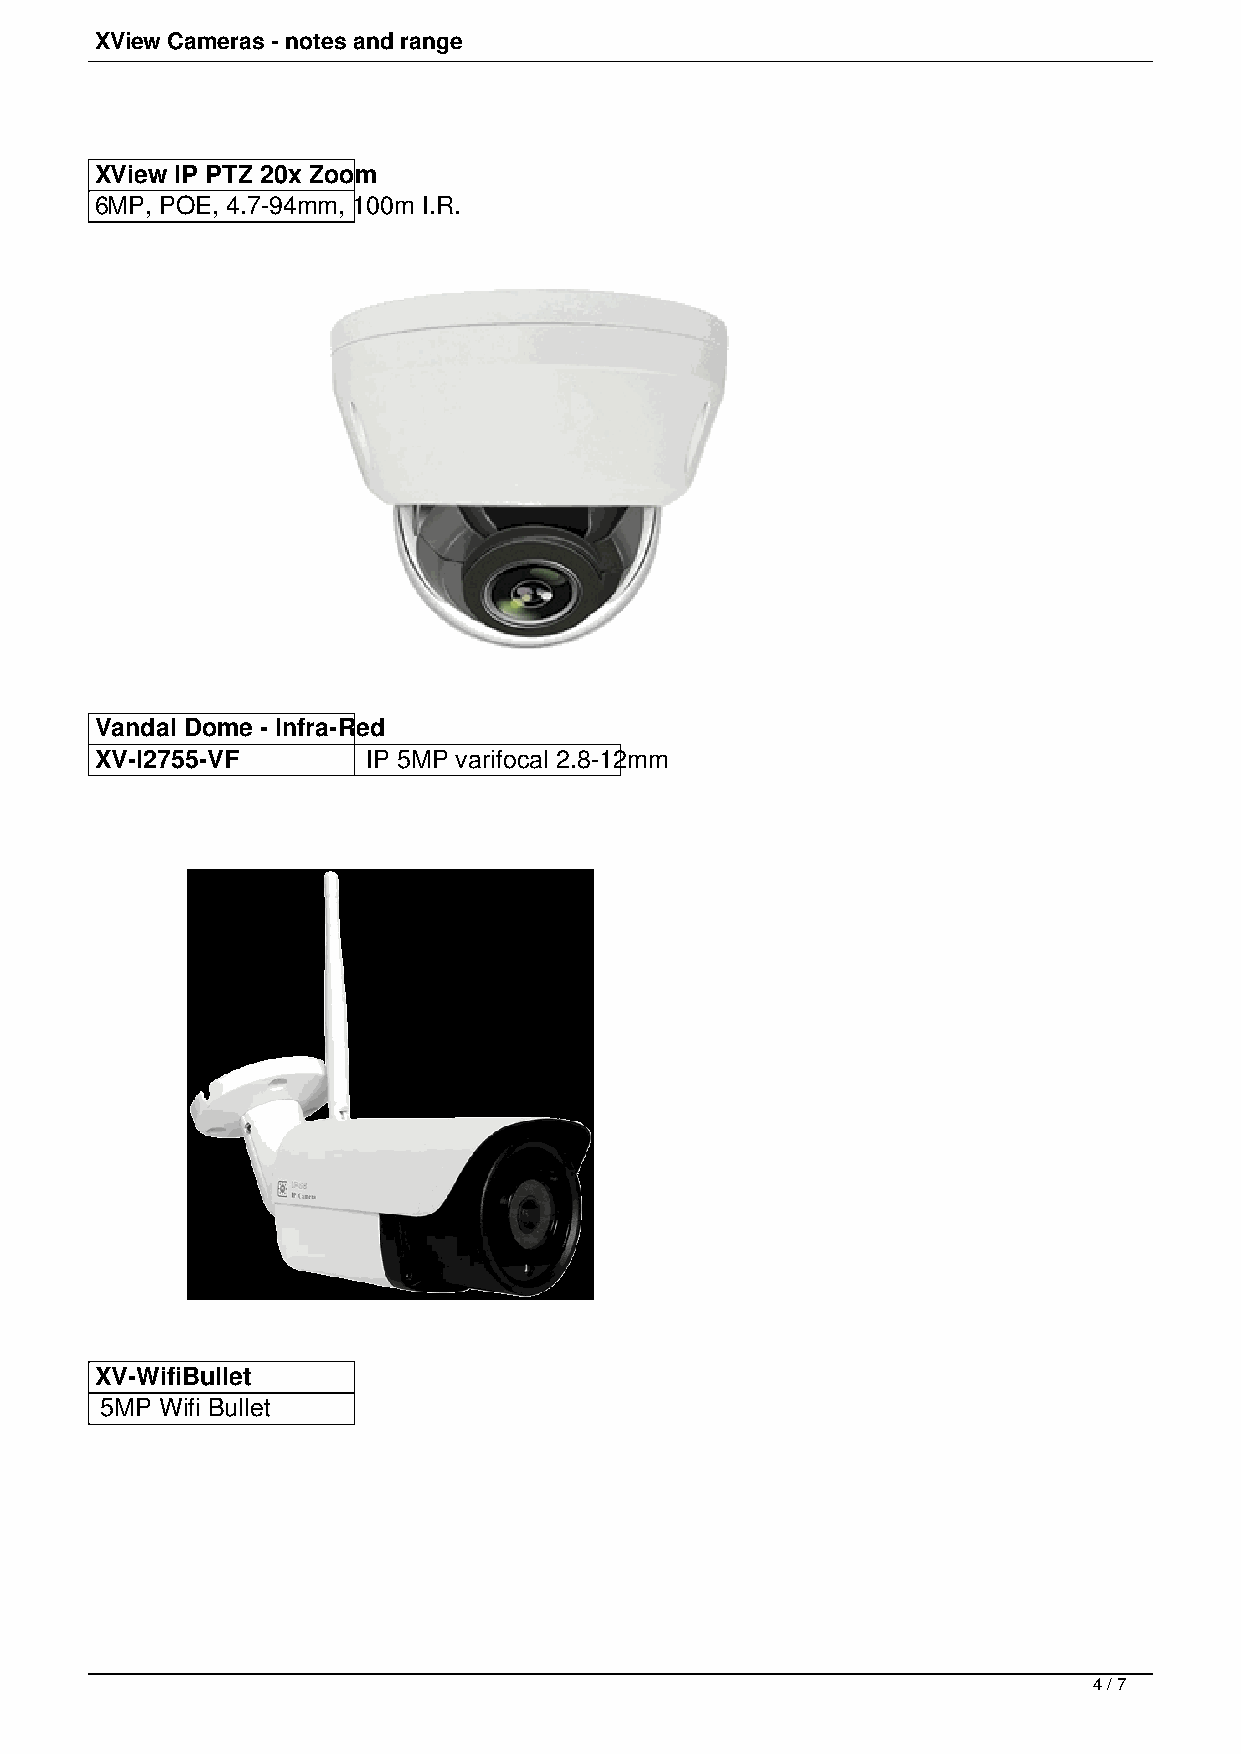
XView Cameras - notes and range
 XView IP PTZ 20x Zoom
 6MP, POE, 4.7-94mm, 100m I.R.
 Vandal Dome - Infra-Red
 XV-I2755-VF       IP 5MP varifocal 2.8-12mm
 XV-WifiBullet
 5MP Wifi Bullet
 4 / 7